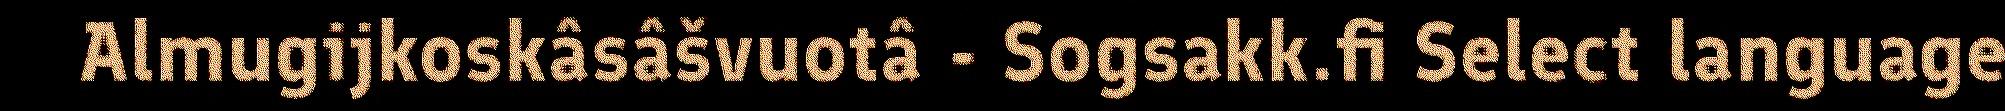
Almugijkoskâsâšvuotâ - Sogsakk.fi Select language